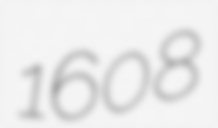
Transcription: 1608